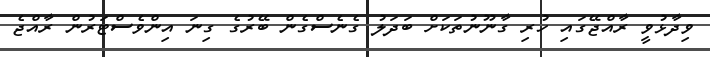
ވިދާޅުވީ ރާއްޖޭގައި ހުރި ގާނޫނުތަކަށް ބަދަލު ގެނެސްގެން ބޭރުގެ ގިނަ އިންވެސްޓަރުން ރާއްޖެ